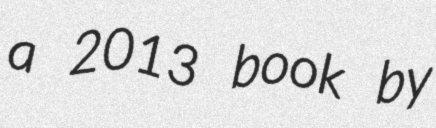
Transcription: a 2013 book by